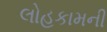
લોહકામની